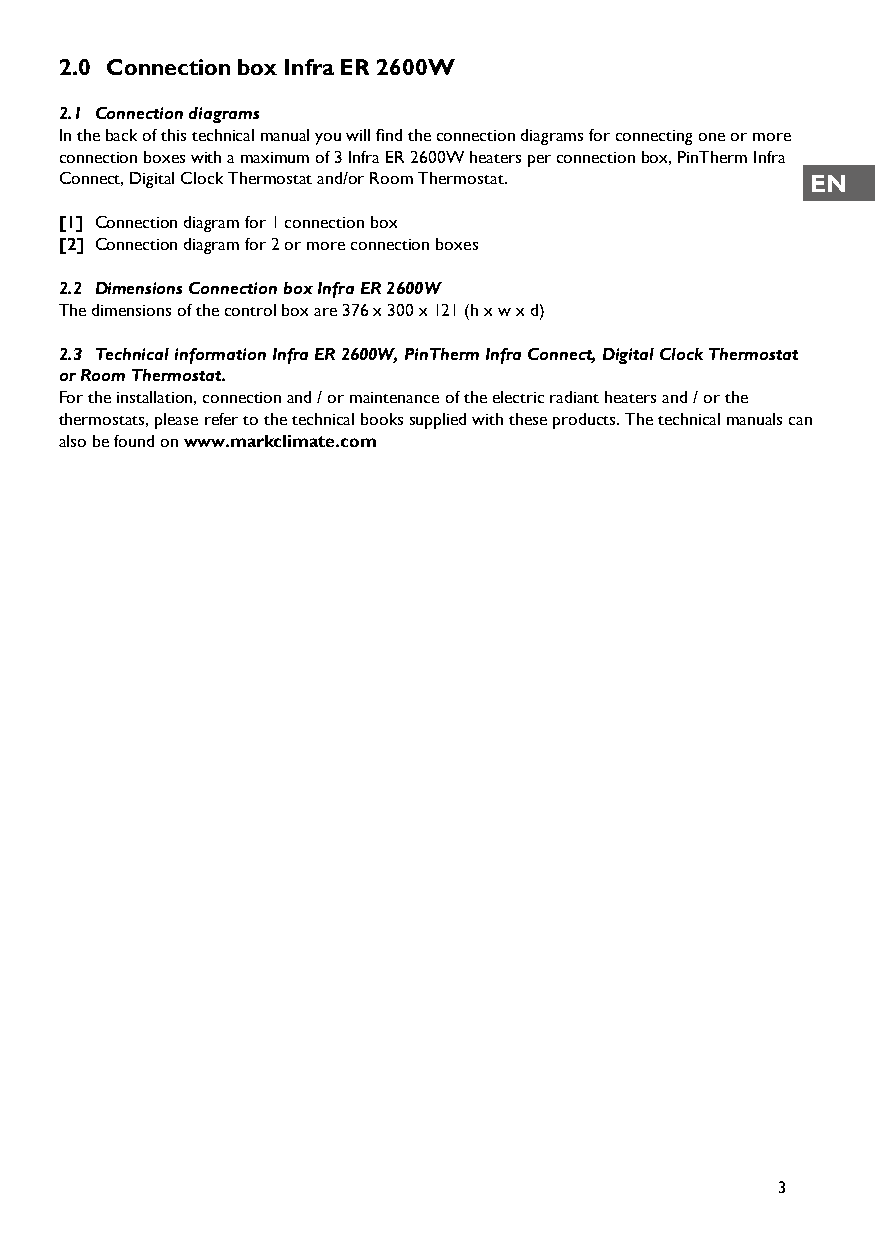
2.0 Connection box Infra ER 2600W
 2.1 Connection diagrams
 In the back of this technical manual you will find the connection diagrams for connecting one or more
 connection boxes with a maximum of 3 Infra ER 2600W heaters per connection box, PinTherm Infra
 Connect, Digital Clock Thermostat and/or Room Thermostat. EN
 [1] Connection diagram for 1 connection box
 [2] Connection diagram for 2 or more connection boxes
 2.2 Dimensions Connection box Infra ER 2600W
 The dimensions of the control box are 376 x 300 x 121 (h x w x d)
 2.3 Technical information Infra ER 2600W, PinTherm Infra Connect, Digital Clock Thermostat
 or Room Thermostat.
 For the installation, connection and / or maintenance of the electric radiant heaters and / or the
 thermostats, please refer to the technical books supplied with these products. The technical manuals can
 also be found on www.markclimate.com
 3